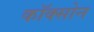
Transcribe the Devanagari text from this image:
कॉक्सोन